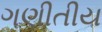
ગણીતીય